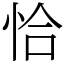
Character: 恰